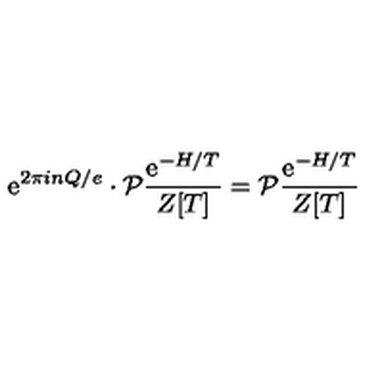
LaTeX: \mathrm { e } ^ { 2 \pi i n Q / e } \cdot { \cal P } \frac { \mathrm { e } ^ { - H / T } } { Z [ T ] } = { \cal P } \frac { \mathrm { e } ^ { - H / T } } { Z [ T ] }